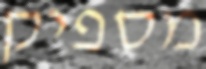
מספיק